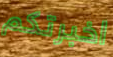
اخبرتكم